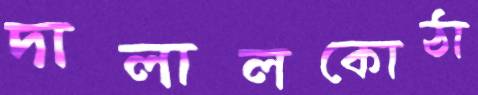
দালালকোঠা